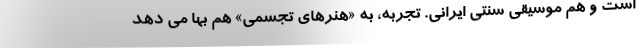
است و هم موسیقی سنتی ایرانی. تجربه، به «هنرهای تجسمی» هم بها می دهد